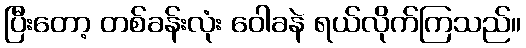
ပြီးတော့ တစ်ခန်းလုံး ဝေါခနဲ ရယ်လိုက်ကြသည်။